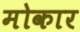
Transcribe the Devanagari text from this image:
मोकार